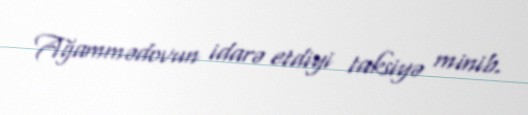
Ağammədovun idarə etdiyi taksiyə minib.